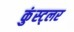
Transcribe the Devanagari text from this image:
कुंस्ट्लर